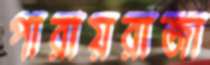
পারায়রাজা